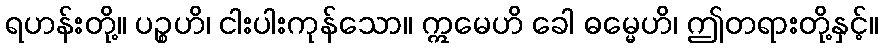
ရဟန်းတို့။ ပဉ္စဟိ၊ ငါးပါးကုန်သော။ ဣမေဟိ ခေါ ဓမ္မေဟိ၊ ဤတရားတို့နှင့်။